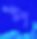
প